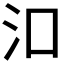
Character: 𬇖